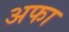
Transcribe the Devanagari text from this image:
अफा